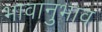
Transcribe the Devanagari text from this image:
भावानुभाव